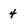
Character: 4